ELKNU_Lihula_Rajoonikomitee, lk 4
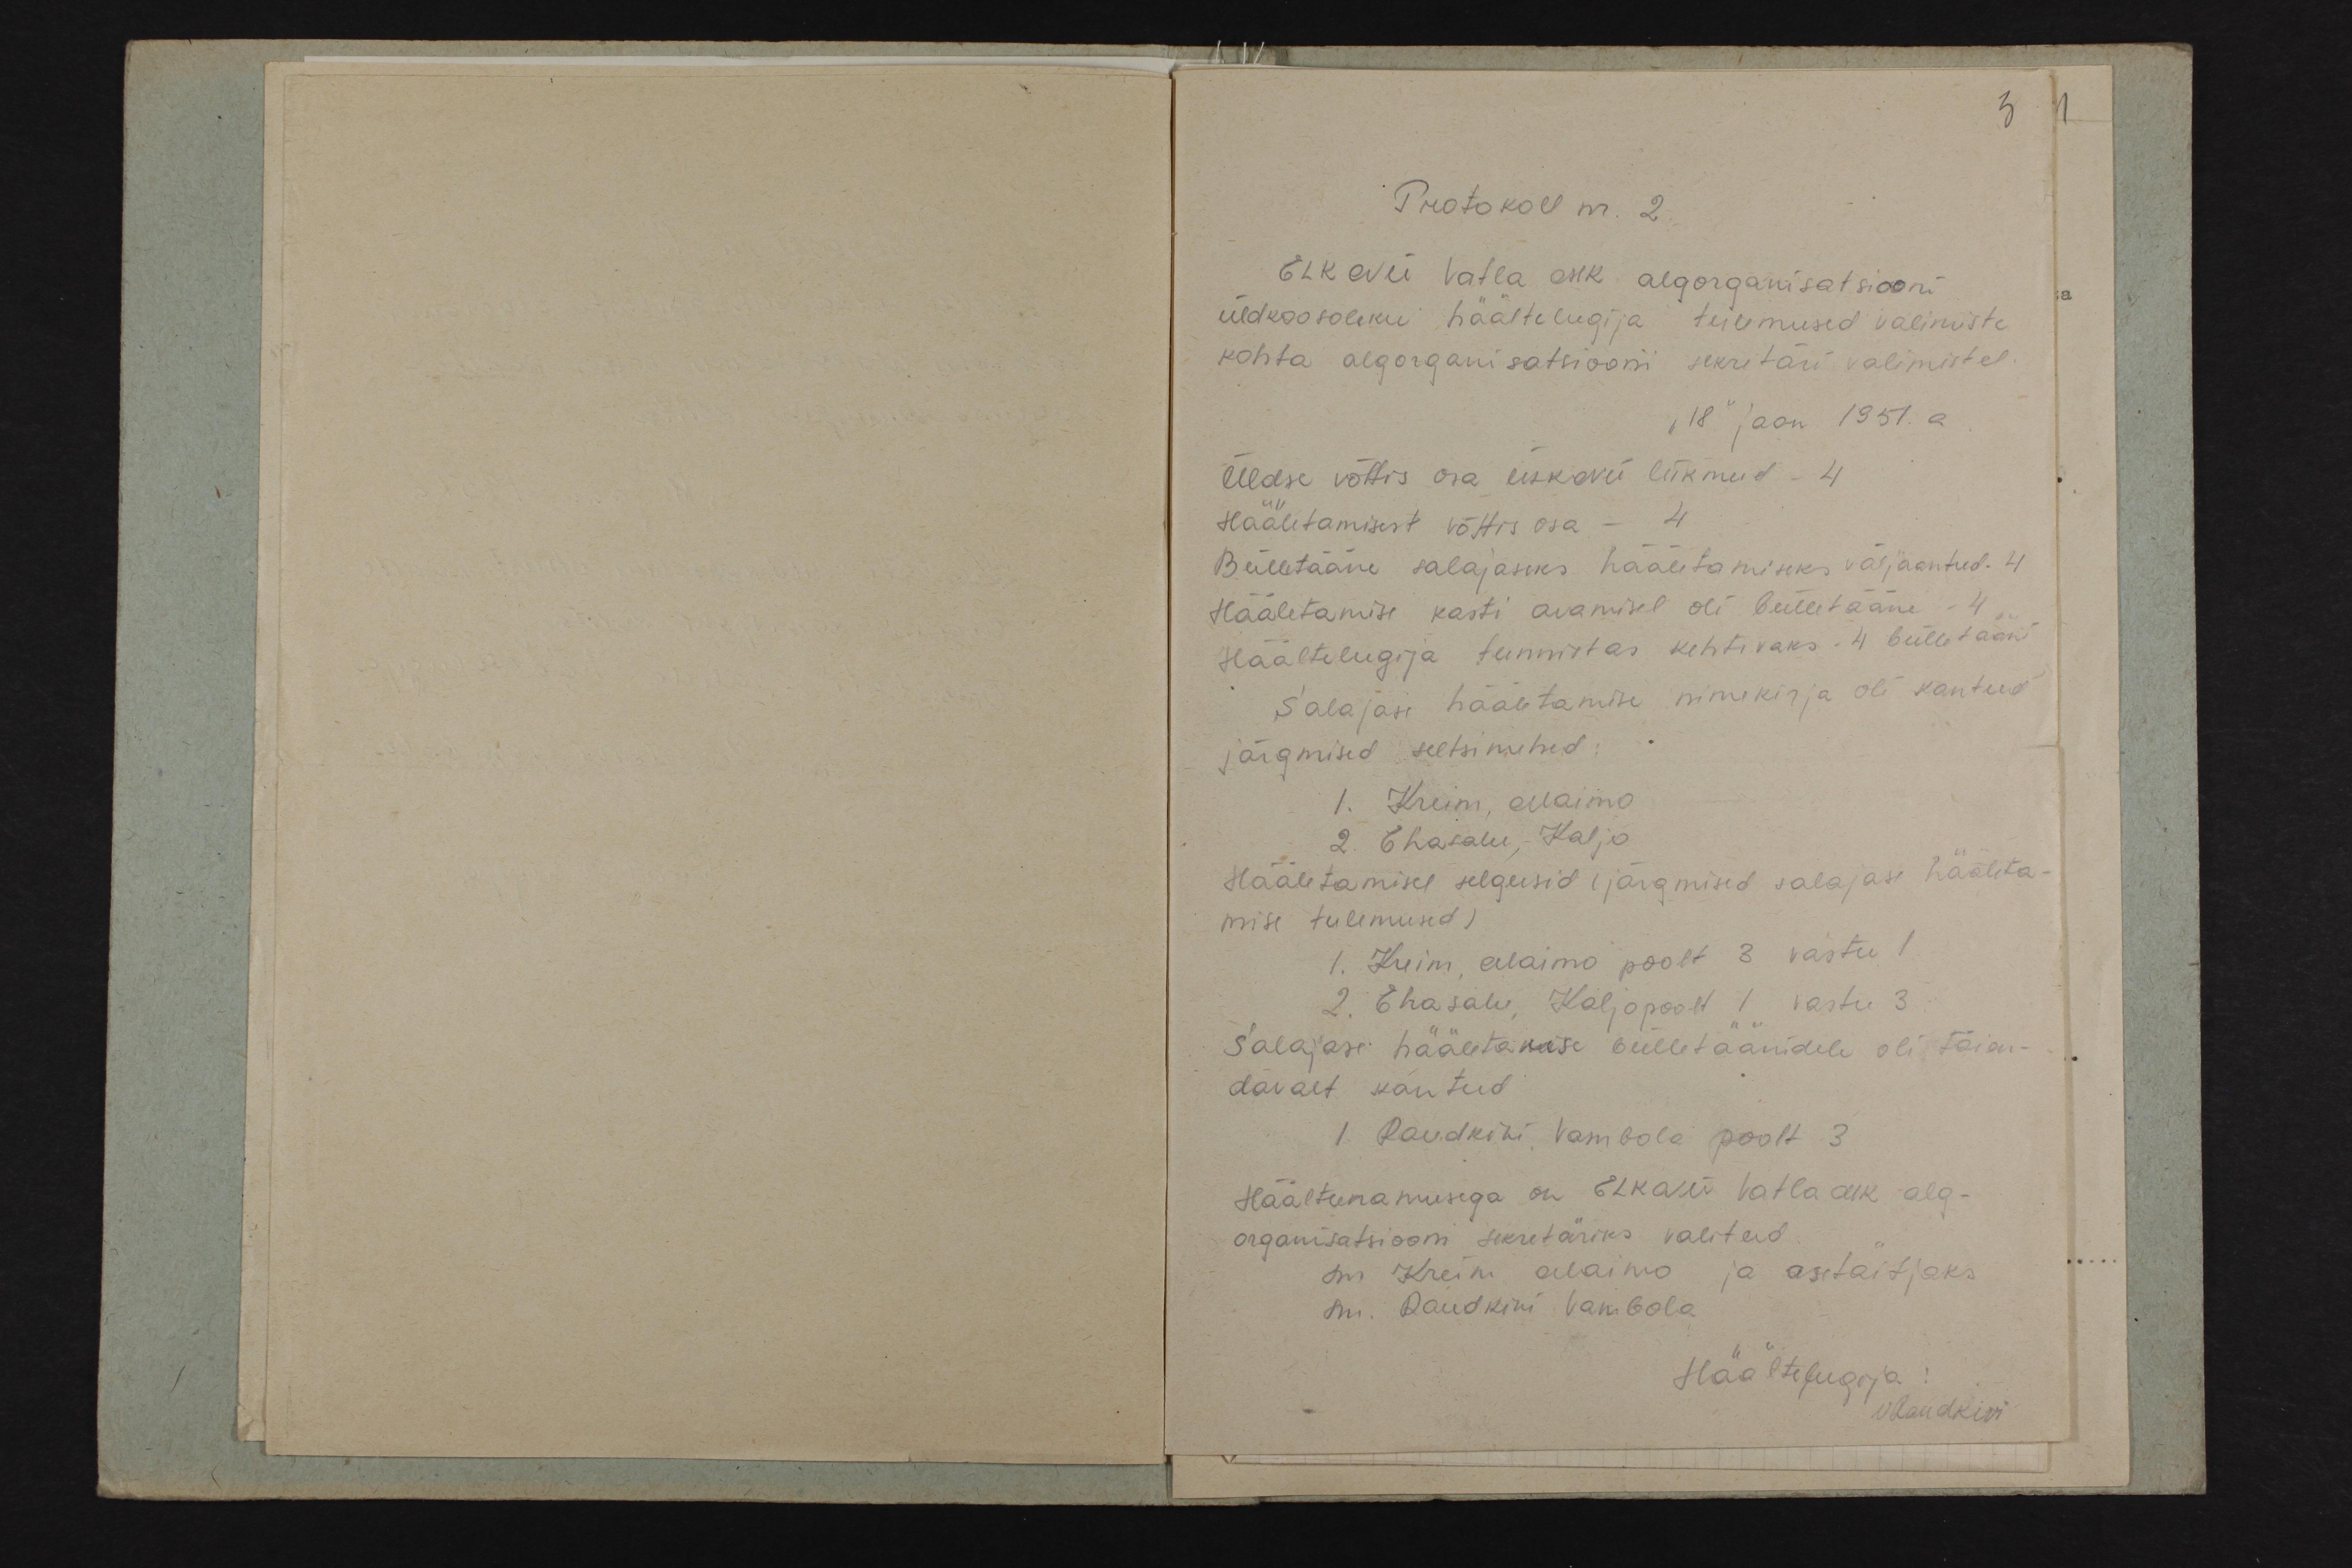
3
Protokoll nr. 2.
ELKNÜ Vatla AIK algorganisatsiooni
üldkoosoleku häältelugija, tuleumused valimiste
kohta algorganisatsiooni sekretäri valimistel.
"18" jaan 1951. a.
Üldse võttis osa ELKNÜ liikmeid - 4
Hääletamisest võttis osa 4
Bülletääne salajaseks hääletamiseks väljaantud. 4.
Hääletamise kasti avamisel oli bülletääne 4
Häältelugija tunnistas kehtivaks 4 bülletaani
Salajase hääletamise nimekirja oli kantud
järgmised seetsimehed:
1. Kreim, Alaimo
2. Ehasalu, Kaljo.
Hääletamisel selgusid ( järgmised salajase hääleta-
mise tulemused)
1. Kreim, Alaimo poolt 3 vastu 1
Salajase hääletakase bulletäänidele oli täien-
davalt kantud.
1. Raudkivi Vambola poolt 3
Häälteenamusega on ELKNÜ Valkla AIK alg-
organisatsiooni sekretäriks valitud
sm Kreim Alaimo ja asetaitjaks
sm. Raudkivi Vambola
Häältelugija
ohandkiri